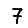
Digit: 7